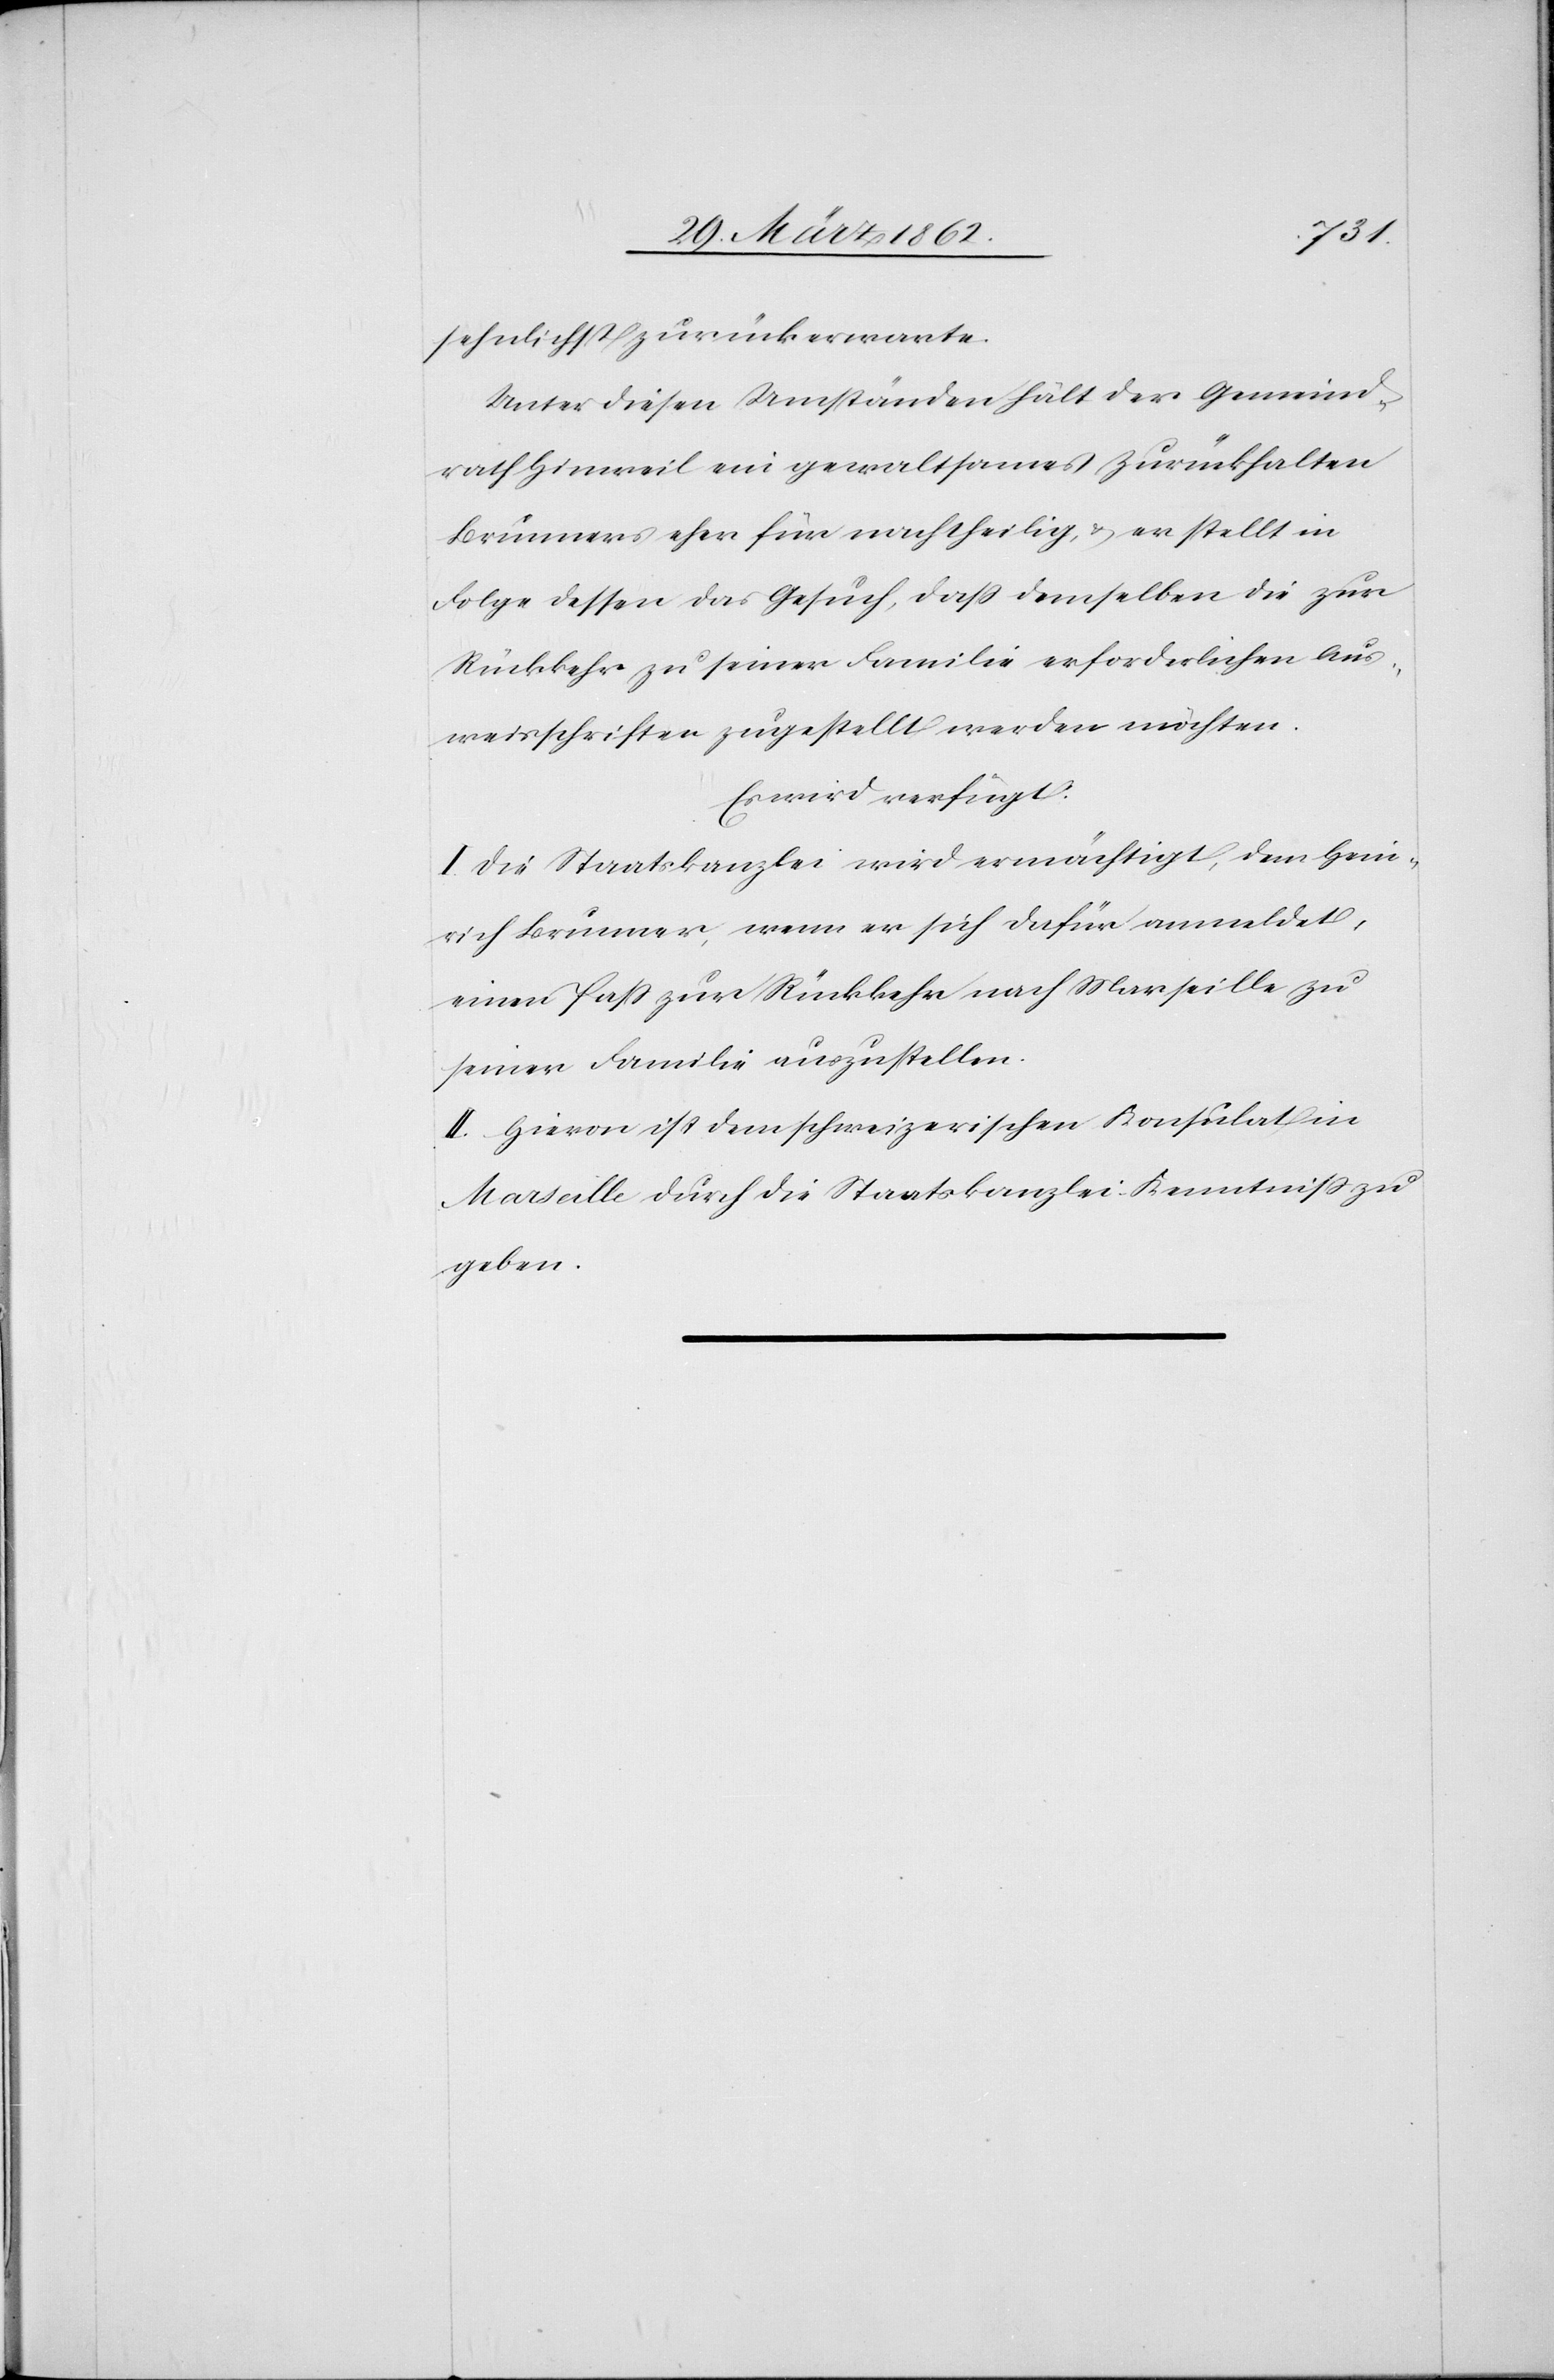
sehnlichst zurück erwarte.
Unter diesen Umständen hält der Gemeind¬
rath Hinweil ein gewaltsames Zurückhalten
Brunners eher für nachtheilig, & er stellt in
Folge dessen das Gesuch, daß demselben die zur
Rückkehr zu seiner Familie erforderlichen Aus¬
weisschriften zugestellt werden möchten.
Es wird verfügt:
I. Die Staatskanzlei wird ermächtigt, dem Hein¬
rich Brunner, wenn er sich dafür anmeldet,
einen Paß zur Rückkehr nach Marseille zu
seiner Familie auszustellen.
II. Hievon ist dem schweizerischen Konsulat in
Marseille durch die Staatskanzlei Kenntniß zu
geben.